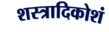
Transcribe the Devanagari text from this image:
शस्त्रादिकोशं